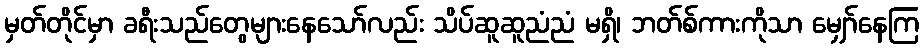
မှတ်တိုင်မှာ ခရီးသည်တွေများနေသော်လည်း သိပ်ဆူဆူညံညံ မရှိ၊ ဘတ်စ်ကားကိုသာ မျှော်နေကြ